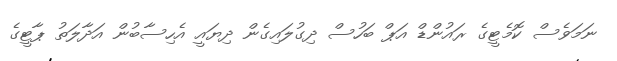
ނަމަވެސް ކޮމެޓީގެ ރައުންޑް އަޕް ބަހުސް ދިގުލައިގެން ދިޔައީ އެހިސާބުން އަދާލަތު ޕާޓީގެ